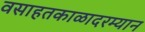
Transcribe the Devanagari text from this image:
वसाहतकाळादरम्यान